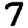
Digit: 7